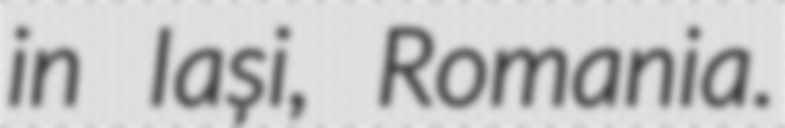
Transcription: in Iași, Romania.